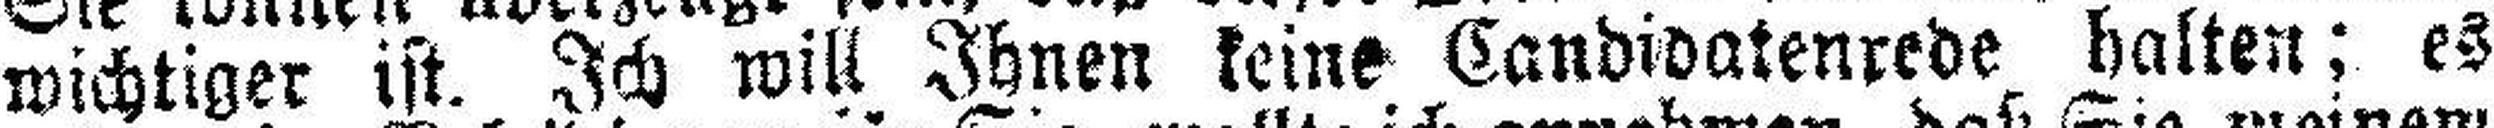
wichtiger ist. Ich will Ihnen keine Candidatenrede halten; es